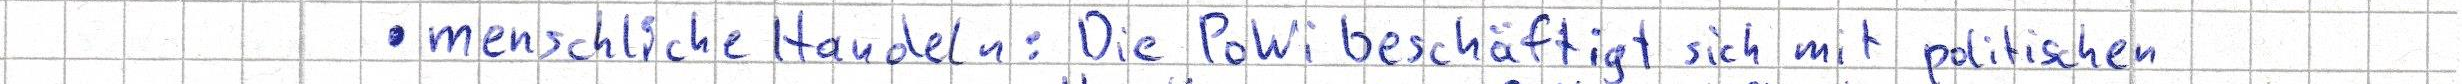
menschliche Handeln: Die PoWi beschäftigt sich mit politischen